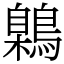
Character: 鷍